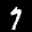
Label: 7